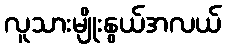
လူသားမျိုးနွယ်အလယ်